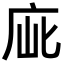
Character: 𢈃